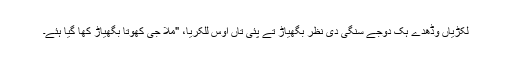
لکڑیاں وڈھدے ہک دوجے سنگی دی نظر بگھیاڑ تے پئی تاں اوس للکریا، "مُلا جی کھوتا بگھیاڑ کھا گیا ہئے۔